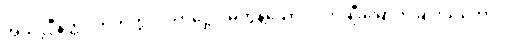
အသလ္လီနတ္တပဟိတတ္တ ပဂ္ဂဟဋ္ဌော၊ မတွန့်သော။ လ။ ချီးမြှောက်ခြင်းသဘော။